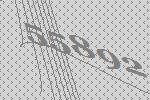
55892